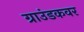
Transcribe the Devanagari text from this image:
ग्राउंडकवर